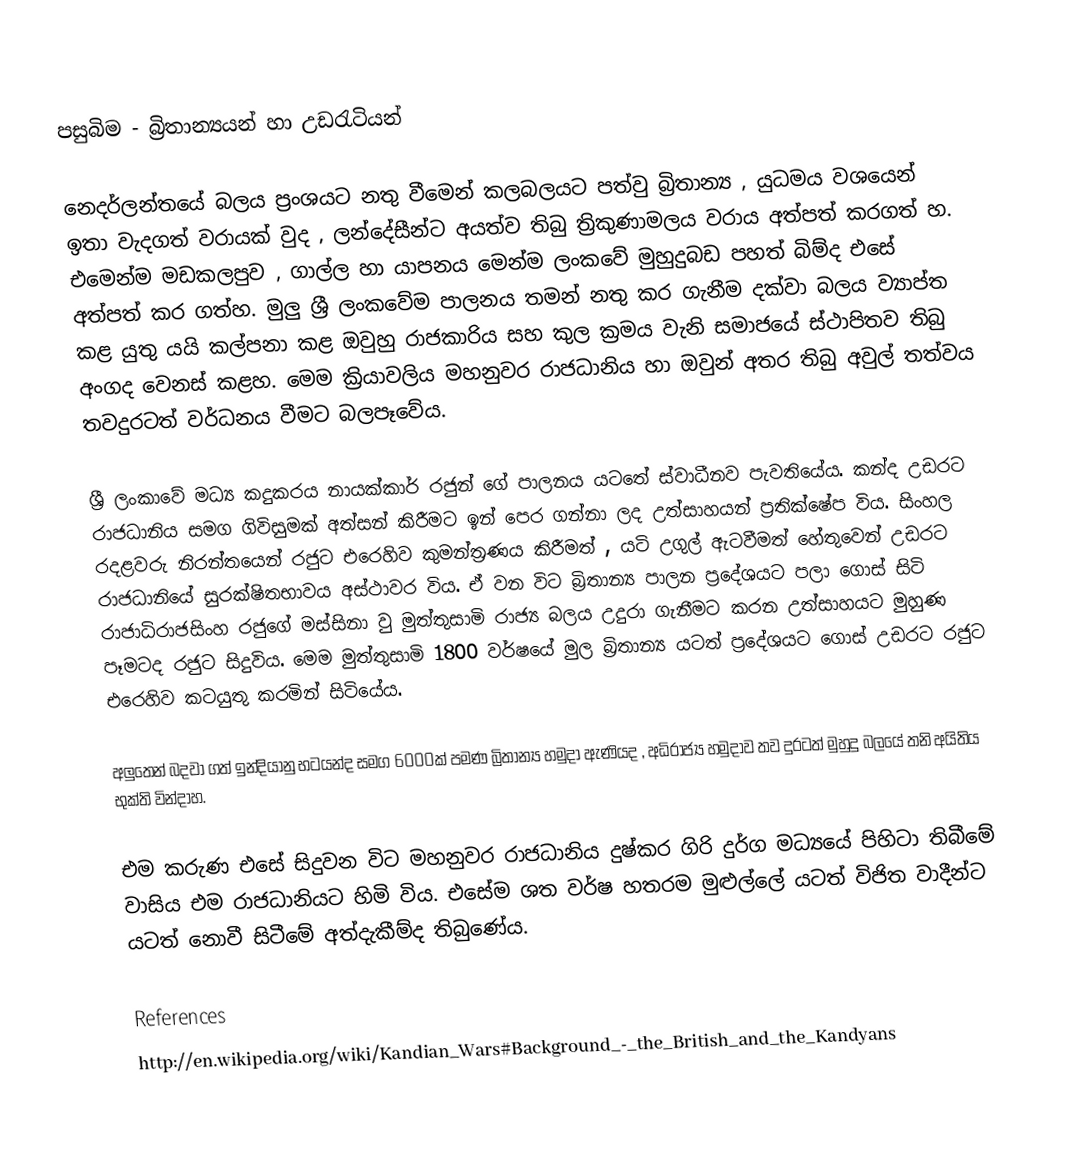
පසුබිම - බ්‍රිතාන්‍යයන් හා උඩරැටියන්

නෙදර්ලන්තයේ බලය ප්‍රංශයට නතු වීමෙන් කලබලයට පත්වු බ්‍රිතාන්‍ය , යුධමය වශයෙන් ඉතා වැදගත් වරායක් වුද , ලන්දේසීන්ට අයත්ව තිබු ත්‍රිකුණාමලය වරාය අත්පත් කරගත් හ.   එමෙන්ම මඩකලපුව , ගාල්ල හා යාපනය මෙන්ම ලංකවේ මුහුදුබඩ  පහත් බිම්ද එසේ අත්පත් කර ගත්හ. මුලු ශ්‍රී ලංකවේම පාලනය තමන් නතු කර ගැනීම දක්වා බලය ව්‍යාප්ත කළ යුතු යයි කල්පනා කළ ඔවුහු රාජකාරිය සහ කුල ක්‍රමය වැනි සමාජයේ ස්ථාපිතව තිබු අංගද වෙනස් කළහ. මෙම ක්‍රියාවලිය මහනුවර රාජධානිය හා ඔවුන් අතර තිබු අවුල් තත්වය තවදුරටත් වර්ධනය වීමට බලපෑවේය.

ශ්‍රී ලංකාවේ මධ්‍ය කදුකරය නායක්කාර් රජුන් ගේ පාලනය යටතේ ස්වාධීනව පැවතියේය. කන්ද උඩරට රාජධානිය සමග ගිවිසුමක් අත්සන් කිරීමට ඉන් පෙර ගන්නා ලද උත්සාහයන් ප්‍රතික්ෂේප විය. සිංහල රදළවරු  නිරන්තයෙන් රජුට එරෙහිව කුමන්ත්‍රණය කිරීමත් , යටි උගුල් ඇටවීමත් හේතුවෙන් උඩරට රාජධානියේ සුරක්ෂිතභාවය අස්ථාවර විය. ඒ වන විට බ්‍රිතාන්‍ය පාලන ‍ප්‍රදේශයට පලා ගොස් සිටි රාජාධිරාජසිංහ රජුගේ මස්සිනා වු මුත්තුසාමි රාජ්‍ය බලය උදුරා ගැනීමට කරන උත්සාහයට මුහුණ පෑමටද රජුට සිදුවිය. මෙම මුත්තුසාමි 1800 වර්ෂයේ මුල බ්‍රිතාන්‍ය ය‍ටත් ප්‍රදේශයට ගොස් උඩරට රජුට එරෙහිව කටයුතු කරමින් සිටියේය.

අලුතෙන් බදවා ගත් ඉන්දියානු භටයන්ද සමග 6000ක් පමණ බ්‍රිතාන්‍ය හමුදා ඇණියද , අධිරාජ්‍ය හමුදාව තව දුරටත් මුහුදු බලයේ තනි අයිතිය භුක්ති වින්දාහ.

එම කරුණ  එසේ සිදුවන විට මහනුවර රාජධානිය දුෂ්කර ගිරි දුර්ග මධ්‍යයේ පිහිටා තිබීමේ වාසිය එම රාජධානියට හිමි විය. එසේම ශත වර්ෂ හතරම මුළුල්ලේ යටත් විජිත වාදීන්ට යටත් නොවී සිටීමේ අත්දැකීම්ද තිබුණේය.

References
http://en.wikipedia.org/wiki/Kandian_Wars#Background_-_the_British_and_the_Kandyans